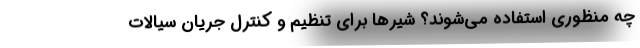
چه منظوری استفاده می‌شوند؟ شیرها برای تنظیم و کنترل جریان سیالات